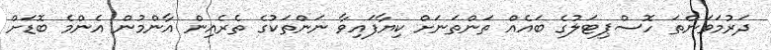
ދަރުމަވަންތަ ހޮސްޕިޓަލުގެ ބައެއް ތަންތަނަށް ކިޔާފައިވާ ނަންތަކުގެ ތެރެއިން އާންމުން އެންމެ ބޮޑަށް